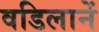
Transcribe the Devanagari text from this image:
वडिलानें